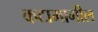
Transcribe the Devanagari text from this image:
कटामागील